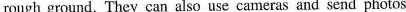
rough ground. They can also use cameras and send photos